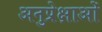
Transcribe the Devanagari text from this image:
अनुप्रेक्षाओं